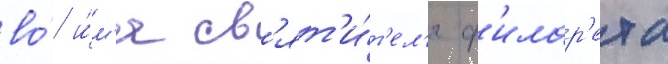
во́ и́м'я св'ят'и́т'ел'я ф'илар'ета